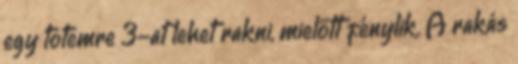
egy totemre 3-at lehet rakni, mielőtt fénylik. A rakás